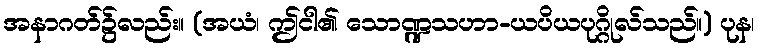
အနာဂတ်၌လည်း။ (အယံ၊ ဤငါ၏ သောဏ္ဍသဟာ-ယပိယပုဂ္ဂိုလ်သည်။) ပုန၊